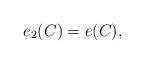
LaTeX: \begin{align*} e_2(C)=e(C), \end{align*}